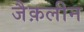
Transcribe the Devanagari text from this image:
जैक़लीन